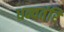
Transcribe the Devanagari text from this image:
धन्वतंरि